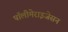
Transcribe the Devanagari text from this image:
पॉलीमेराइजेसन